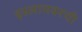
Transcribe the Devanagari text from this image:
इस्लामवरची